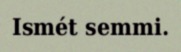
Ismét semmi.